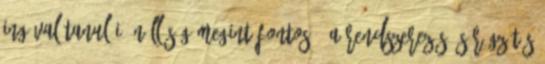
ingával Tanulói önállóság megint fontos 5.A rendszerezés és rögzítés